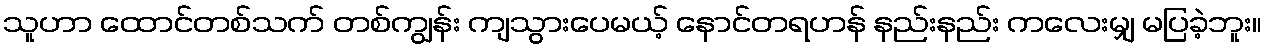
သူဟာ ထောင်တစ်သက် တစ်ကျွန်း ကျသွားပေမယ့် နောင်တရဟန် နည်းနည်း ကလေးမျှ မပြခဲ့ဘူး။